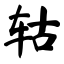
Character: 轱